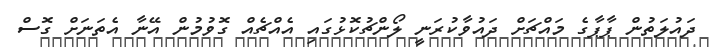
ދައުލަތުން ޕާޕާގެ މައްޗަށް ދައުވާކުރަނީ ލޯންޗުކޮޅުގައި އެއްޗެއް ގޮވުމުން އޭނާ އެތަނަށް ގޮސް